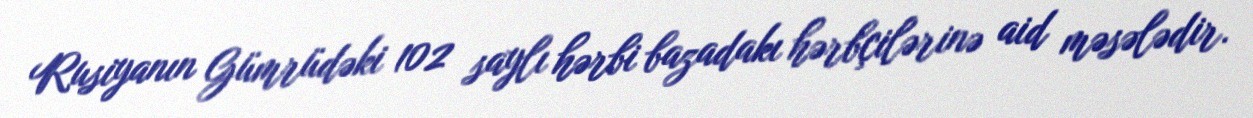
Rusiyanın Gümrüdəki 102 saylı hərbi bazadakı hərbçilərinə aid məsələdir.